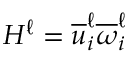
H ^ { \ell } = \overline { { u } } _ { i } ^ { \ell } \overline { { \omega } } _ { i } ^ { \ell }